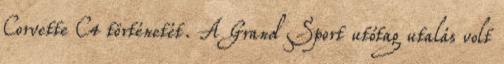
Corvette C4 történetét. A Grand Sport utótag utalás volt